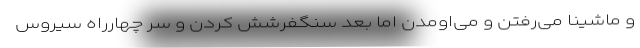
و ماشینا می‌رفتن و می‌اومدن اما بعد سنگفرشش کردن و سر چهارراه سیروس